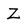
Character: Z